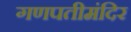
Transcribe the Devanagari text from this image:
गणपतीमंदिर